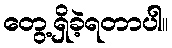
တွေ့ရှိခဲ့ရတာပါ။